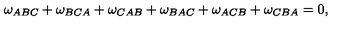
\omega _ { A B C } + \omega _ { B C A } + \omega _ { C A B } + \omega _ { B A C } + \omega _ { A C B } + \omega _ { C B A } = 0 ,